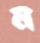
ম